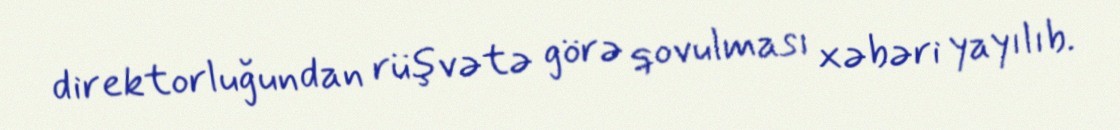
direktorluğundan rüşvətə görə qovulması xəbəri yayılıb.